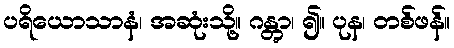
ပရိယောသာနံ၊ အဆုံးသို့။ ဂန္တွာ၊ ၍။ ပုန၊ တစ်ဖန်။